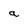
Character: a